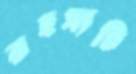
রহস্যটি